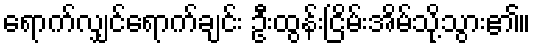
ရောက်လျှင်ရောက်ချင်း ဦးထွန်းငြိမ်းအိမ်သို့သွား၏။